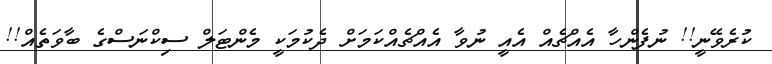
ކުރެވޭނީ!! ނުފެންހާ އެއްޗެއް އެއީ ނުވާ އެއްޗެއްކަމަށް ދެކުމަކީ މެންޓަލް ސިކްނަސްގެ ބާވަތެއް!!